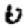
Digit: 0